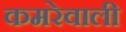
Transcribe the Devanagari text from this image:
कमरेवाली